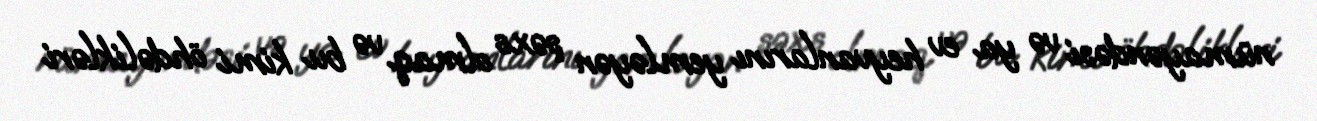
nümayəndəsi və ya ev heyvanlarını yemləyən şəxs olmaq və bu kimi öhdəlikləri